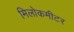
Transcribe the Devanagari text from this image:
मिलोकमीटर